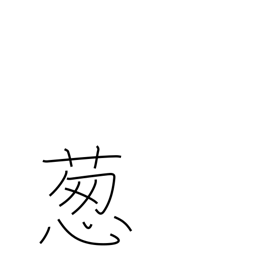
Meaning: Welsh onion